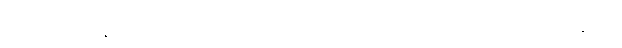
ရှည်စွာသောနေ့ညဉ့်ပတ်လုံး။ အဟိတာယ၊ အစီးအပွားမဲ့အလိုငှာလည်းကောင်း။ ဒုက္ခာယ၊